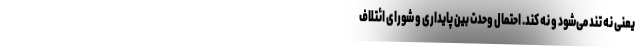
یعنی نه تند می‌شود و نه کند. احتمال وحدت بین پایداری و شورای ائتلاف